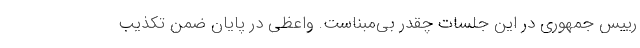
رییس‌ جمهوری در این جلسات چقدر بی‌مبناست. واعظی در پایان ضمن تکذیب